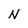
Character: N